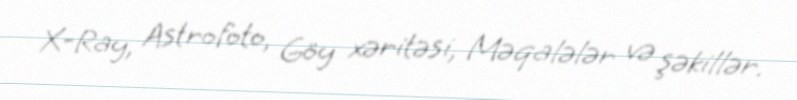
X-Ray, Astrofoto, Göy xəritəsi, Məqalələr və şəkillər.